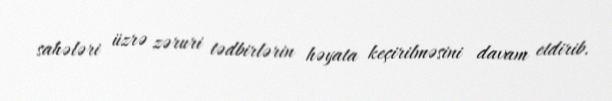
sahələri üzrə zəruri tədbirlərin həyata keçirilməsini davam etdirib.